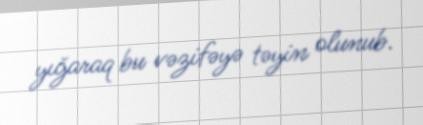
yığaraq bu vəzifəyə təyin olunub.